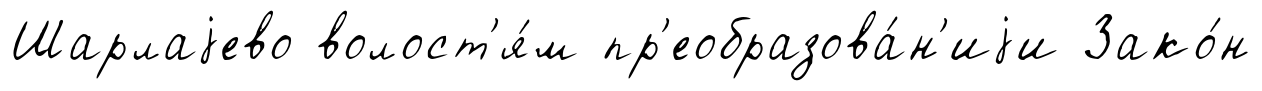
Шарлаjево волост'я́м пр'еобразова́н'иjи Зако́н